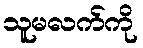
သူမလက်ကို